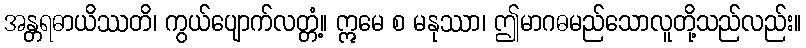
အန္တရဓာယိဿတိ၊ ကွယ်ပျောက်လတ္တံ့။ ဣမေ စ မနုဿာ၊ ဤမာဂဓမည်သောလူတို့သည်လည်း။